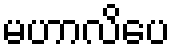
မဟာလိပေ